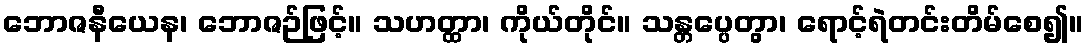
ဘောဇနီယေန၊ ဘောဇဉ်ဖြင့်။ သဟတ္ထာ၊ ကိုယ်တိုင်။ သန္တပ္ပေတွာ၊ ရောင့်ရဲတင်းတိမ်စေ၍။